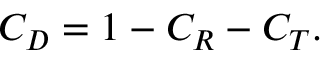
C _ { D } = 1 - C _ { R } - C _ { T } .